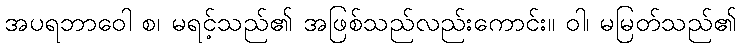
အပရဘာဝေါ စ၊ မရင့်သည်၏ အဖြစ်သည်လည်းကောင်း။ ဝါ၊ မမြတ်သည်၏